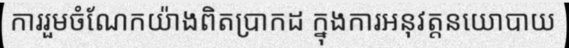
ការរួមចំណែកយ៉ាងពិតប្រាកដ ក្នុងការអនុវត្តនយោបាយ